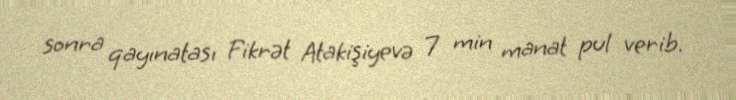
sonra qayınatası Fikrət Atakişiyevə 7 min manat pul verib.